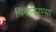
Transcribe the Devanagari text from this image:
पिकदाण्या